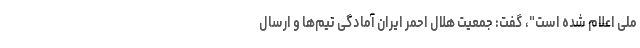
ملی اعلام شده است"، گفت: جمعیت هلال احمر ایران آمادگی تیم‌ها و ارسال